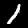
Digit: 1